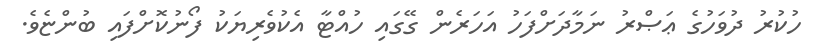
ހުކުރު ދުވަހުގެ ޢަޞްރު ނަމާދަށްފަހު އަހަރެން ގޭގައި ހުއްޓާ އެކުވެރިޔަކު ފޯނުކޮށްފައި ބުންޏެވެ.